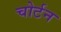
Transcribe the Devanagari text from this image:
चोर्टन